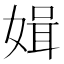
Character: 𱙝